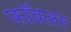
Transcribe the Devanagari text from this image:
फॉवलर